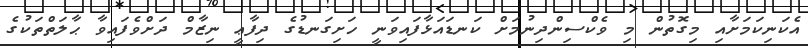
އެކަނިކަމަށާއި މިގޮތުން މި ވެކްސިންދިނުމަށް ކަނޑައަޅާފައިވަނީ ހަށިގަނޑުގެ ދިފާޢީ ނިޒާމް ދަށްވެފައިވާ ޙާލަތްތަކުގެ